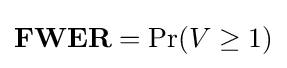
{\boldsymbol {\mathrm {FWER} }}=\Pr(V\geq 1)